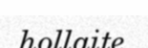
hollaite